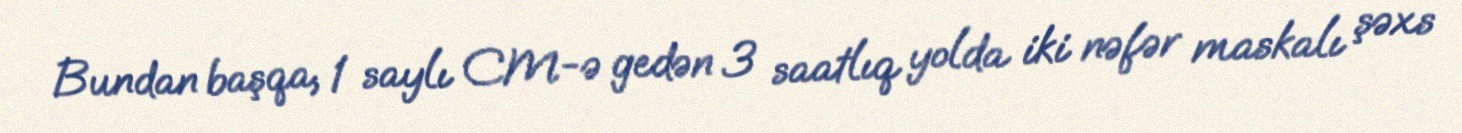
Bundan başqa, 1 saylı CM-ə gedən 3 saatlıq yolda iki nəfər maskalı şəxs